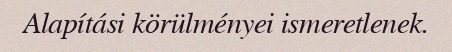
Alapítási körülményei ismeretlenek.